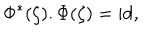
\Phi ^ { * } ( \zeta ) . \Phi ( \zeta ) = \mathrm { i d } ,